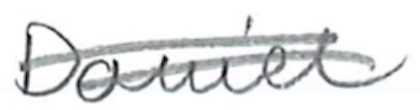
Text: Daniel
Cross-out: double-line
Writing tool: pencil